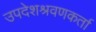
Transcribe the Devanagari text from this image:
उपदेशश्रवणकर्ता